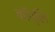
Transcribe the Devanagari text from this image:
कॉप्लि